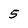
Character: 5